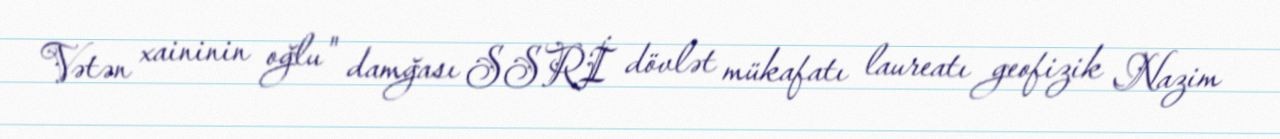
Vətən xaininin oğlu" damğası SSRİ dövlət mükafatı laureatı geofizik Nazim